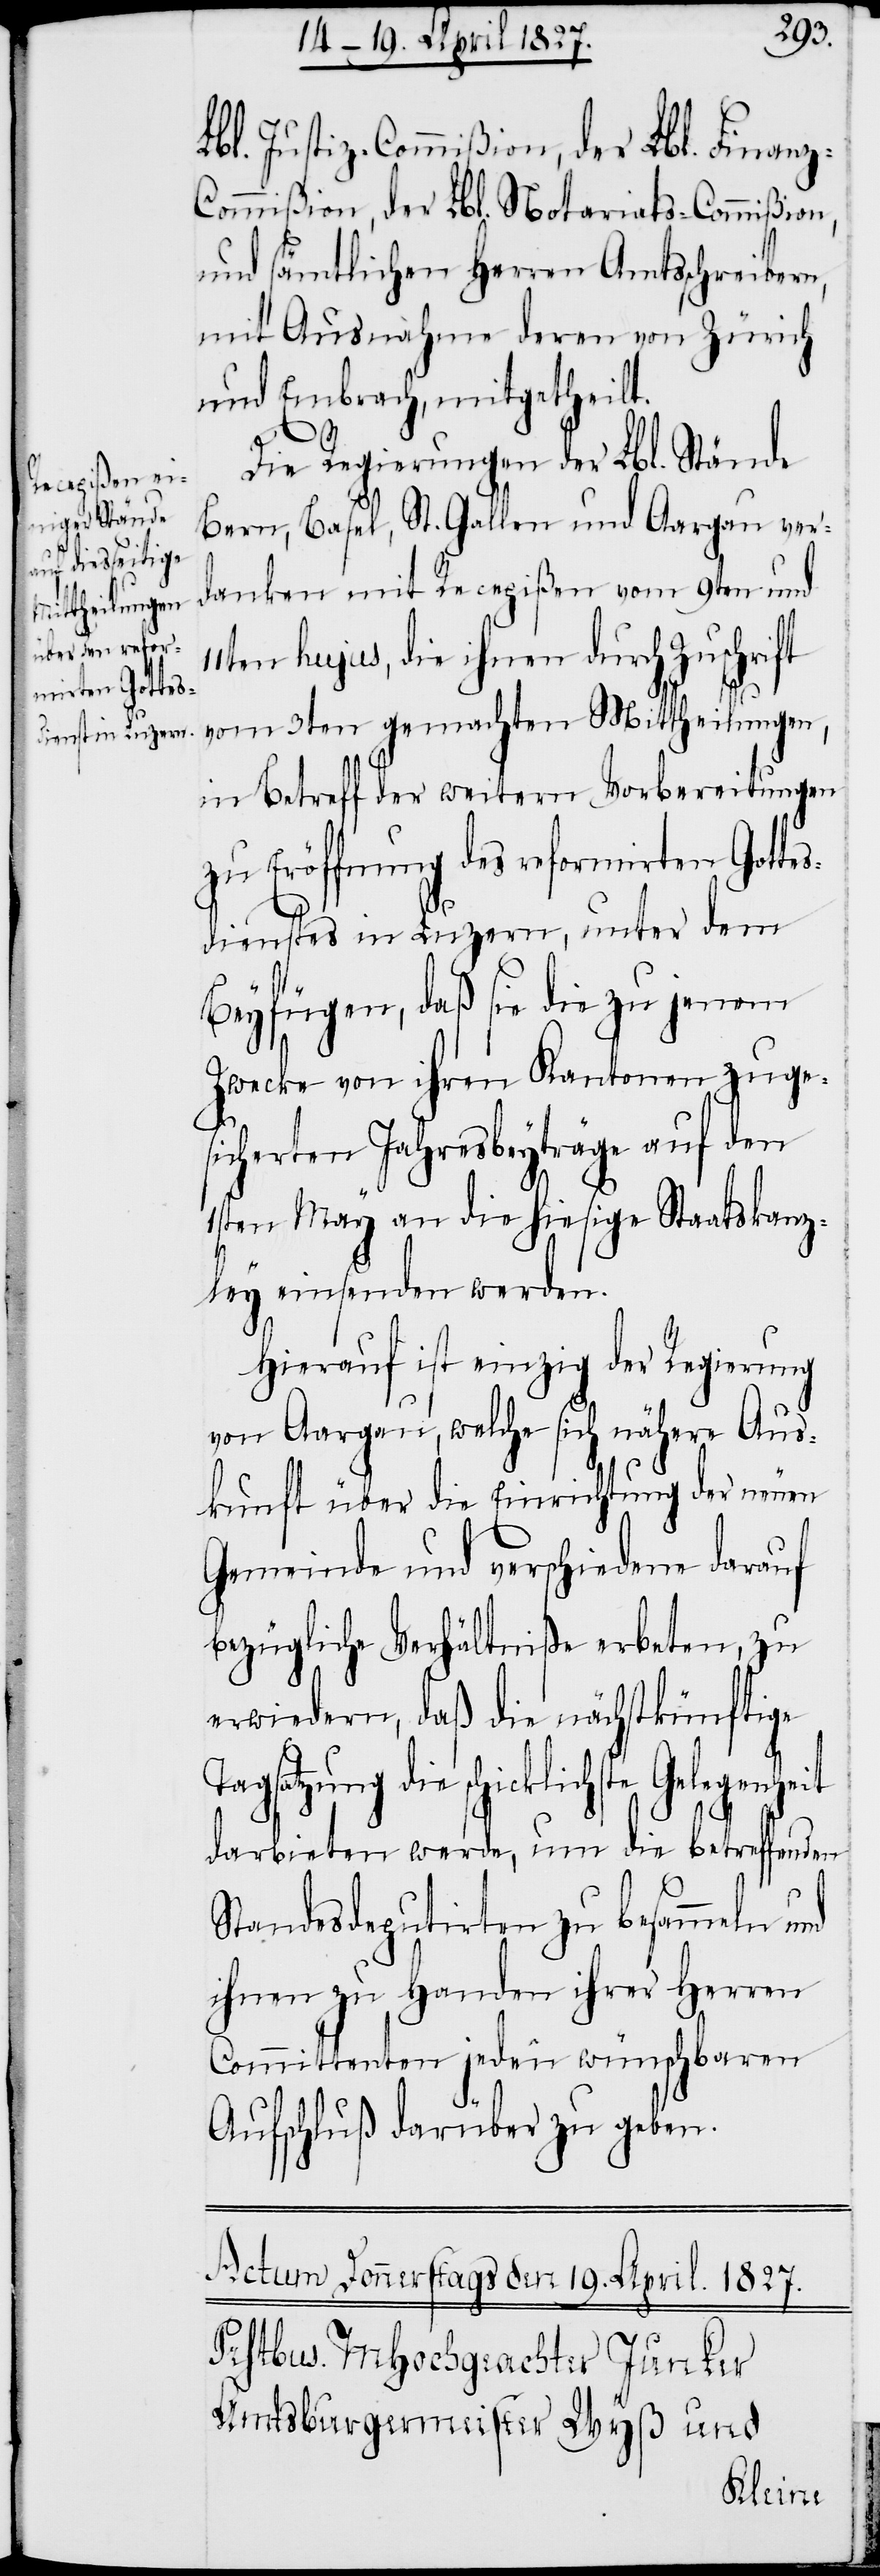
Tags¬
Lbl. Justiz-Commißion, der Lbl. Finan¬
z-Commißion, der Notariats-Commißion,
und sämtlichen Herren Amtsschreibern,
mit Ausnahme deren von Zürich
und Embrach, mitgetheilt.
Die Regierungen der Lbl. Stände
Bern, Basel, St. Gallen und Aargau ver¬
danken mit Recepißen vom 9ten und
11ten hujus, die ihnen durch Zuschrift
vom 3ten gemachten Mittheilungen,
in Betreff der weitern Vorbereitungen
zu Eröffnung des reformirten Gotte¬
sdienstes in Luzern, unter dem
Beyfügen, daß sie die zu jenem
Zwecke von ihren Kantonen zuge¬
sicherten Jahresbeyträge auf den
1sten May an die hiesige Staatskanz¬
ley einsenden werden.
Hierauf ist einzig der Regierung
von Aargau, welche sich nähere Aus¬
kunft über die Einrichtung der neuen
Gemeinde und verschiedene darauf
bezügliche Verhältniße erbeten, zu
erwiedern, daß die nächstkünftige
atzung die schicklichste
darbieten werde, um die betreffenden
Standesdeputirten zu besammeln und
ihnen zu Handen ihrer Herren
Committenten jeden wünschbaren
Aufschluß darüber zu geben.